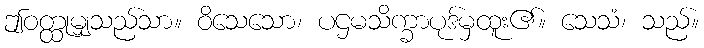
ဤဝတ္ထုမျှသည်သာ။ ဝိသေသော၊ ပဌမသိက္ခာပုဒ်မှထူး၏။ သေသံ၊ သည်။